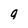
Character: 9